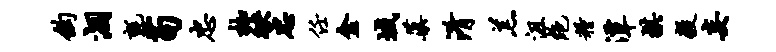
钩涸毡苟忠枷袂忠任金域蕖淆羔沮绝粮潭棋毅妄